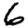
Digit: 6